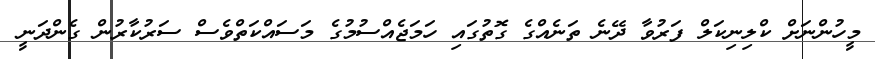
މީހުންނަށް ކްލިނިކަލް ފަރުވާ ދޭނެ ތަނެއްގެ ގޮތުގައި ހަމަޖެއްސުމުގެ މަސައްކަތްވެސް ސަރުކާރުން ގެންދަނީ